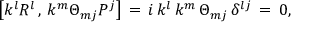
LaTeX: \left[ k ^ { l } R ^ { l } \, , \, k ^ { m } \Theta _ { m j } P ^ { j } \right] \, = \, i \, k ^ { l } \, k ^ { m } \, \Theta _ { m j } \, \delta ^ { l j } \, = \, 0 ,